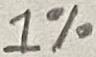
Text: 1%